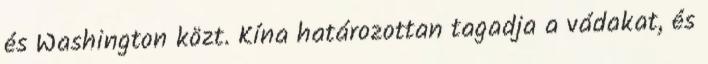
és Washington közt. Kína határozottan tagadja a vádakat, és